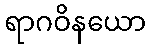
ရာဂဝိနယော